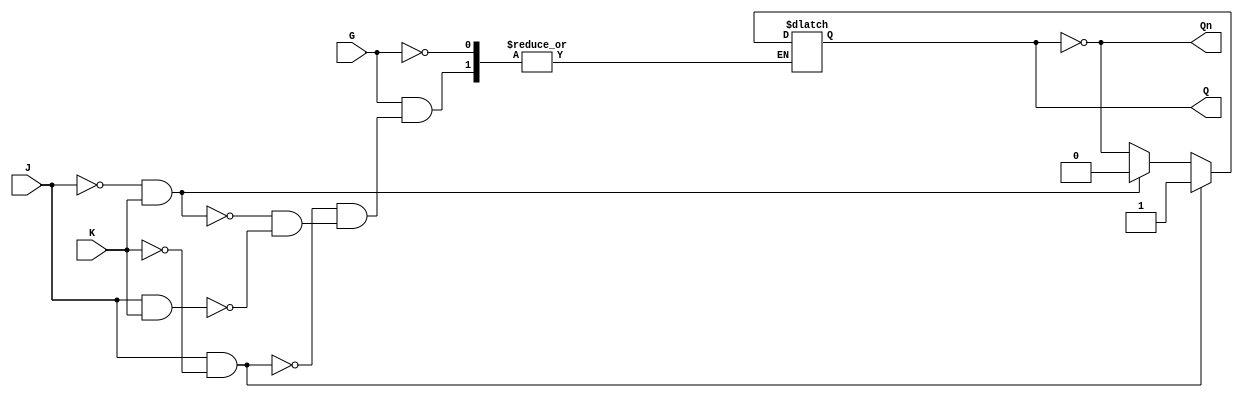
module gated_jk_latch (
    input wire J,      // Set input
    input wire K,      // Reset input
    input wire G,      // Gate input (active high)
    output reg Q,      // Current state output
    output wire Qn     // Inverted state output
);

    assign Qn = ~Q; // Inverted output

    always @(G or J or K or Q) begin
        if (G) begin
            if (J && ~K) begin
                Q <= 1'b1; // Set state
            end else if (~J && K) begin
                Q <= 1'b0; // Reset state
            end else if (J && K) begin
                Q <= ~Q;   // Toggle state
            end
            // If J = 0 and K = 0, Q remains unchanged
        end
        // If G is low, Q remains unchanged
    end

endmodule